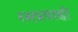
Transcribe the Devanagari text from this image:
रसप्रवाही